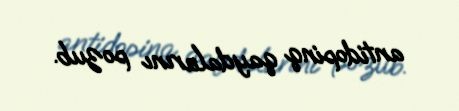
antidopinq qaydalarını pozub.